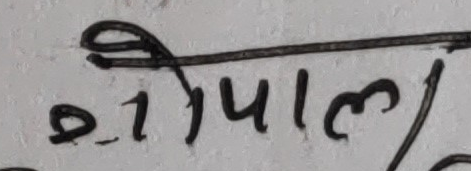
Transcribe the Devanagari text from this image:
गोपाल/